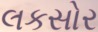
લકસોર